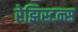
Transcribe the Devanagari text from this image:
रेझिस्टन्स